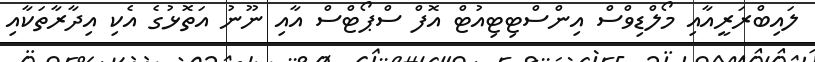
ލައިބްރަރީއާއި މޯލްޑިވްސް އިންސްޓިޓިއުޓް އޮފް ސްޕޯޓްސް އާއި ނޫނު އަތޮޅުގެ އެކި އިދާރާތަކާއި